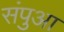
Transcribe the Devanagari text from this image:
संपुआ